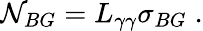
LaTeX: \mathcal{N}_{BG}=L_{\gamma\gamma}\sigma_{BG}\; .